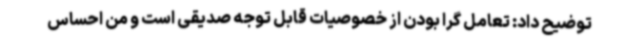
توضیح داد: تعامل گرا بودن از خصوصیات قابل توجه صدیقی است و من احساس